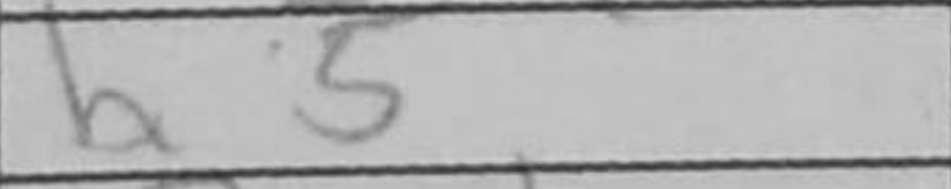
Transcription: h5